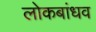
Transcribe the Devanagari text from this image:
लोकबांधव